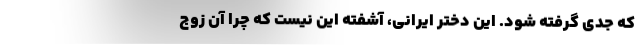
که جدی گرفته شود. این دختر ایرانی، آشفته این نیست که چرا آن زوجِ